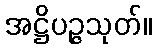
အဋ္ဌိပဉ္ဇသုတ်။